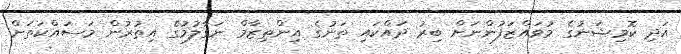
އަދި ކޮމިޝަނުގެ މުވައްޒަފުންނަށް ބިރު ދައްކައި ތަނުގެ އިންތިޒާމް ނަގާލުމުގެ އިތުރުން މަސައްކަތަށް